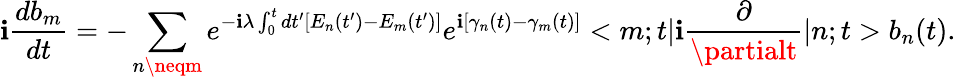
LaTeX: \mathbf{i}\frac{{db_{m}}}{{dt}}=-\sum_{n\neqm}e^{-\mathbf{i}\lambda\int_{0}^{t}dt^{\prime}[E_{n}(t^{\prime})-E_{m}(t^{\prime})]}e^{\mathbf{i}[\gamma_{n}(t)-\gamma_{m}(t)]}<m;t|\mathbf{i}\frac{{\partial}}{{\partialt}}|n;t>b_{n}(t).